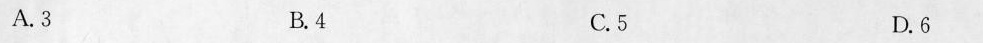
A.3 B.4 C.5 D.6